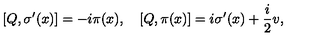
[ Q , \sigma ^ { \prime } ( x ) ] = - i \pi ( x ) , \quad [ Q , \pi ( x ) ] = i \sigma ^ { \prime } ( x ) + \frac { i } { 2 } v ,